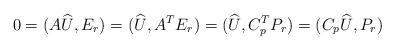
LaTeX: \begin{align*}0= (A\widehat {U},E_r) = (\widehat {U},A^TE_r) = (\widehat {U},C_p^TP_r)= (C_p\widehat {U},P_r)\end{align*}